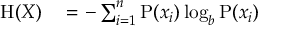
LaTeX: \begin{array} { r l } { \mathrm { H } ( X ) } & { { } = - \sum _ { i = 1 } ^ { n } { \mathrm { P } ( x _ { i } ) \log _ { b } \mathrm { P } ( x _ { i } ) } } \end{array}